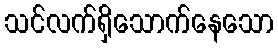
သင်လက်ရှိသောက်နေသော